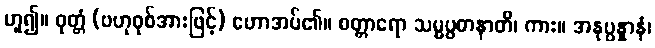
ဟူ၍။ ဝုတ္တံ (ဗဟုဝုစ်အားဖြင့်) ဟောအပ်၏။ စတ္တာရော သမ္မပ္ပဓာနာတိ၊ ကား။ အနုပ္ပန္နာနံ၊